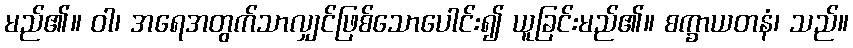
မည်၏။ ဝါ၊ အရေအတွက်သာလျှင်ဖြစ်သောပေါင်း၍ ယူခြင်းမည်၏။ စက္ခာယတနံ၊ သည်။